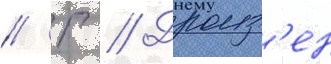
// Г // Дроиз'ен